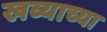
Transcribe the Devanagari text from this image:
खव्याच्या